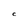
Character: C